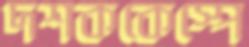
দশককেস্পে